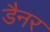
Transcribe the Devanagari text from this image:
डैनर